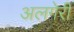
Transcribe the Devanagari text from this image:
अलगेरी